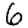
Digit: 6